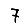
Digit: 7